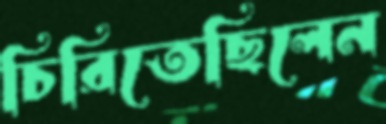
চিরিতেছিলেন